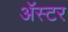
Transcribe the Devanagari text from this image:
ॲस्टर